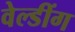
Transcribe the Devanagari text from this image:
वेल्डींग